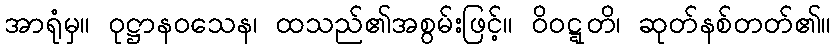
အာရုံမှ။ ဝုဋ္ဌာနဝသေန၊ ထသည်၏အစွမ်းဖြင့်။ ဝိဝဋ္ဋတိ၊ ဆုတ်နစ်တတ်၏။